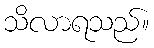
သိလာရသည်။